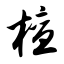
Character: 檀